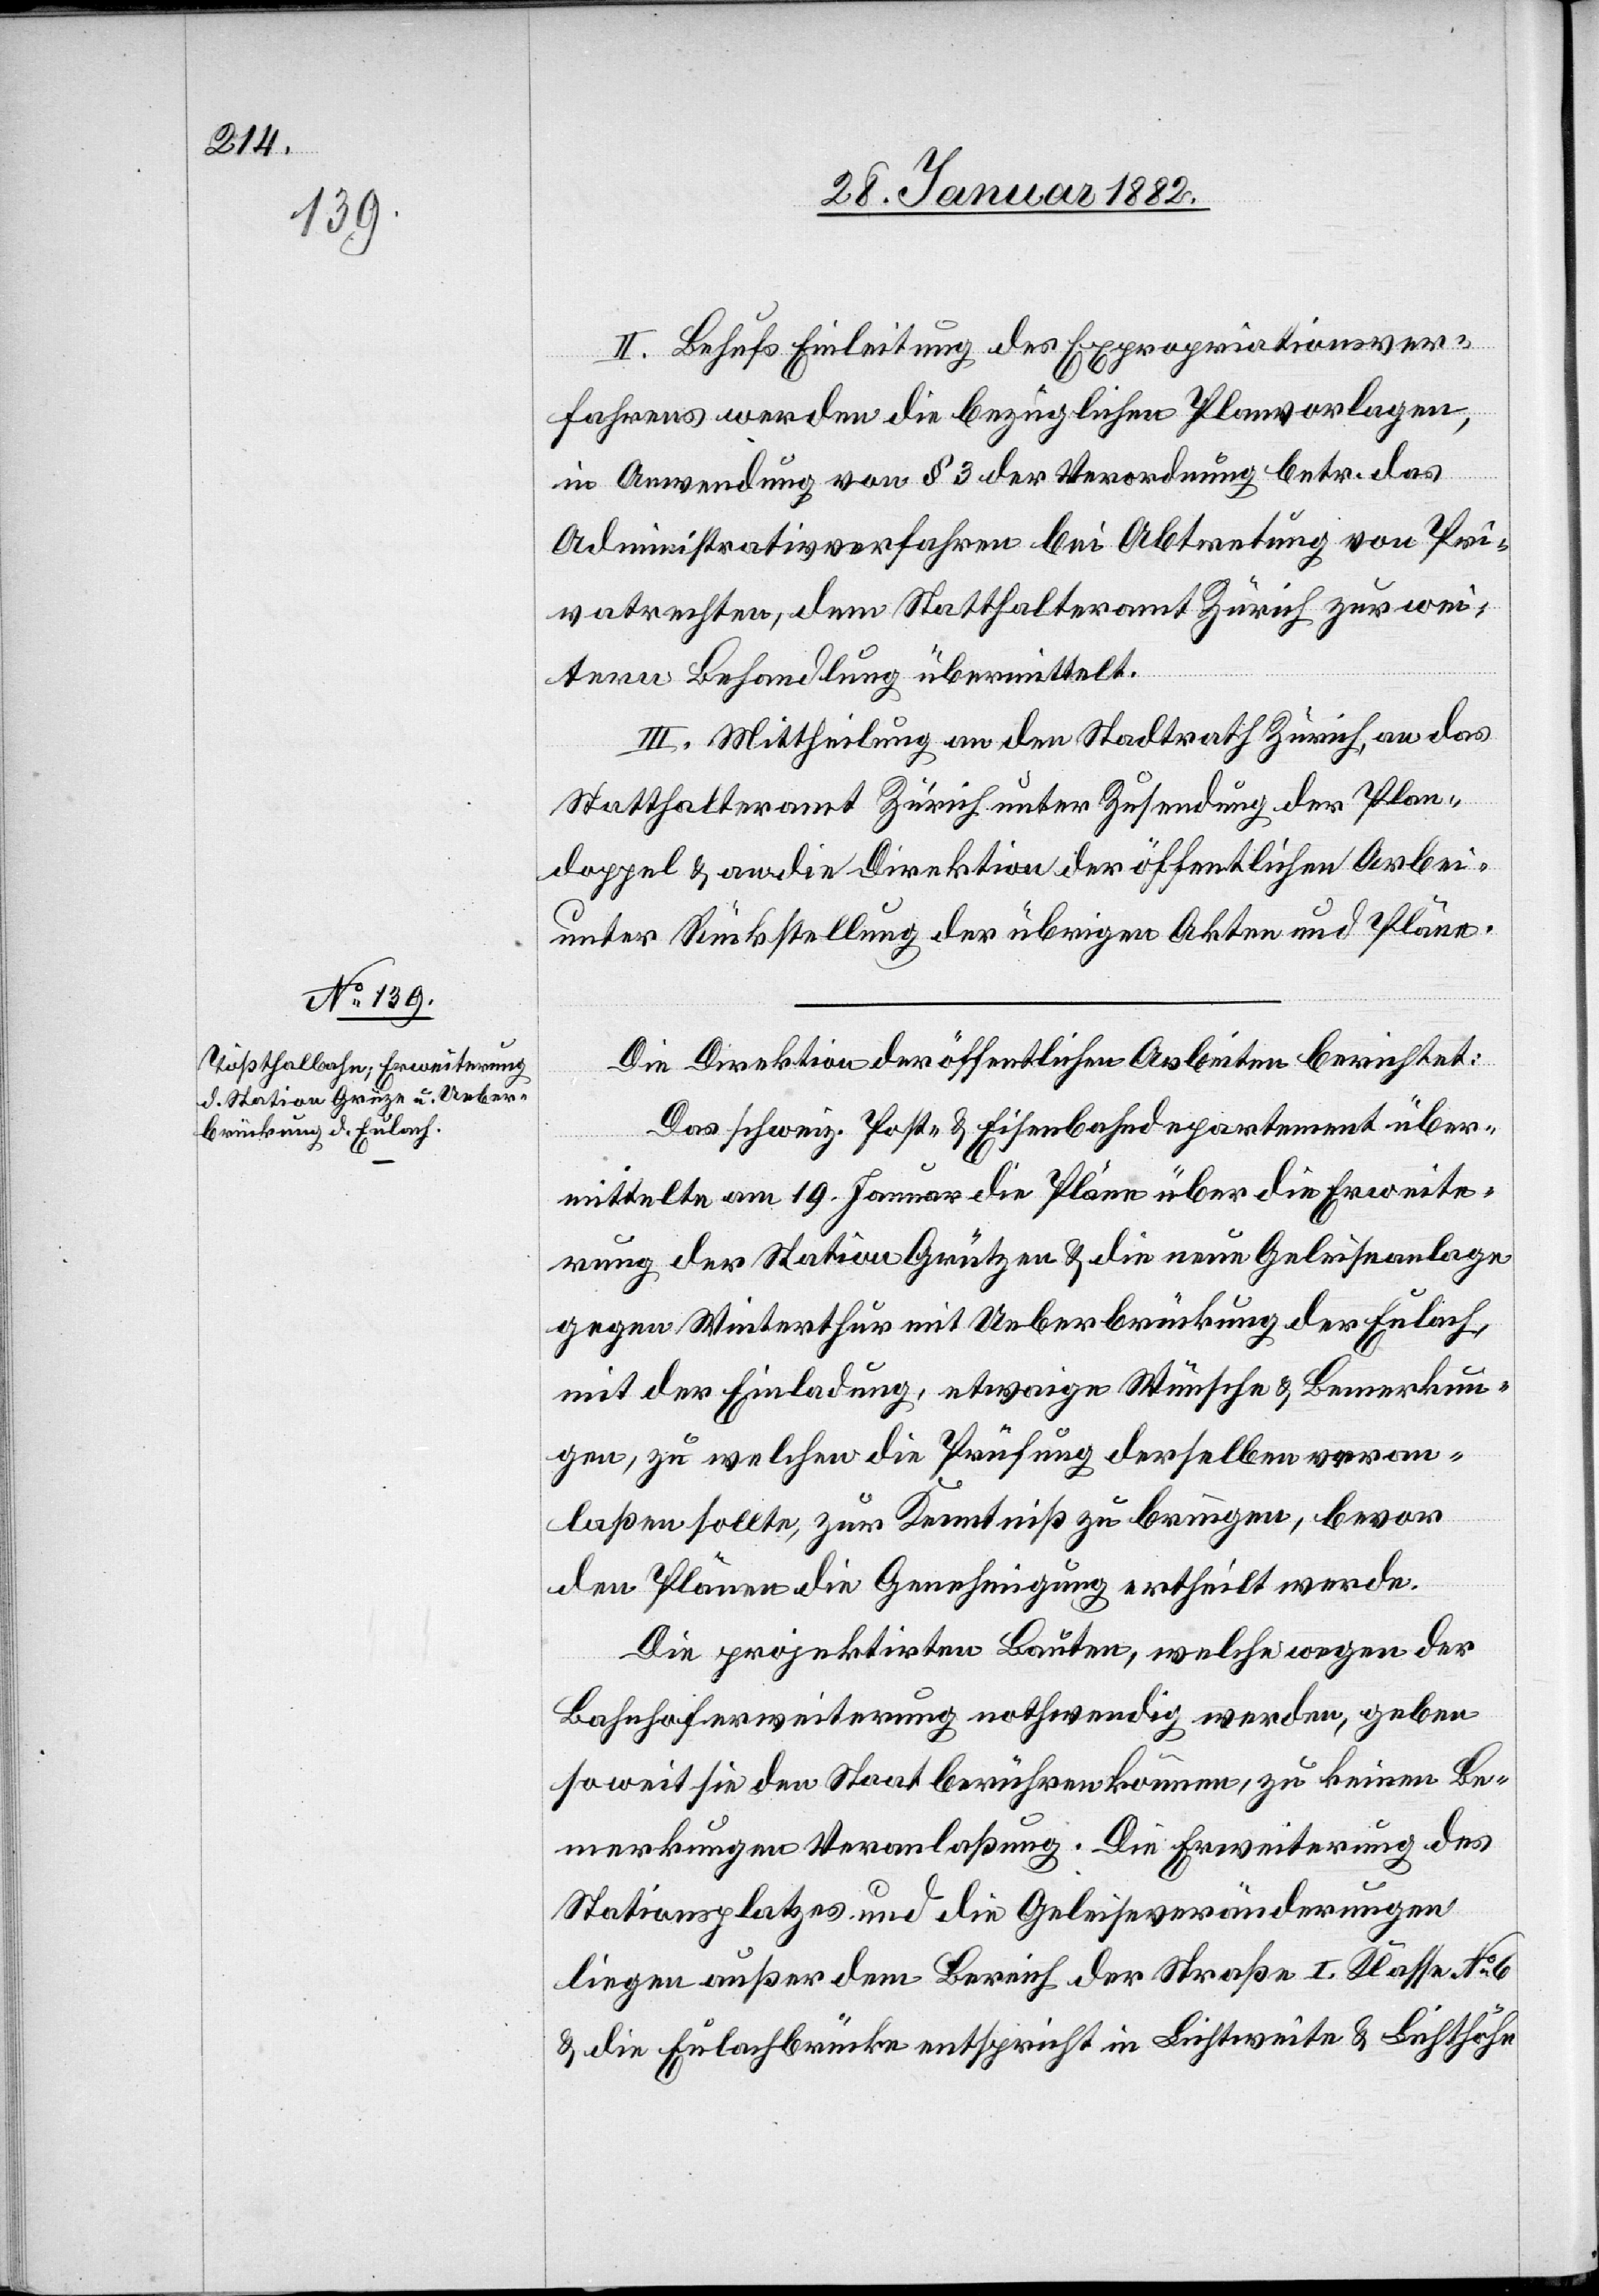
II. Behufs Einleitung des Expropriationsver¬
fahrens werden die bezüglichen Planvorlagen,
.
in Anwendung von § 3 der Verordnung betr. das
Administrativverfahren bei Abtretung von Pri¬
vatrechten, dem Statthalteramt Zürich zur wei¬
ten
teren Behandlung übermittelt.
III. Mittheilung an den Stadtrath Zürich, an das
Statthalteramt Zürich unter Zusendung der Plan¬
doppel & an die Direktion der öffentlichen Arbei¬
unter Rückstellung der übrigen Akten und Pläne.
Die Direktion der öffentlichen Arbeiten berichtet:
Das schweiz. Post- & Eisenbahndepartement über¬
mittelte am 19. Januar die Pläne über die Erweite¬
rung der Station Grützen & die neue Geleiseanlage
gegen Winterthur mit Ueberbrückung der Eulach,
mit der Einladung, etwaige Wünsche & Bemerkun¬
gen, zu welchen die Prüfung derselben veran¬
laßen sollte, zur Kenntniß zu bringen, bevor
den Plänen die Genehmigung ertheilt werde.
Die projektirten Bauten, welche wegen der
Bahnhoferweiterung nothwendig werden, geben
soweit sie den Staat berühren können, zu keinen Be¬
merkungen Veranlaßung. Die Erweiterung des
Stationplatzes und die Geleiseveränderungen
liegen außer dem Bereich der Straßen I. Klasse No 6
& die Eulachbrücke entspricht in Lichtweite & Lichthöhe